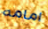
امامه